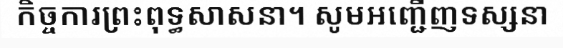
កិច្ចការព្រះពុទ្ធសាសនា។ សូមអញ្ជើញទស្សនា